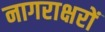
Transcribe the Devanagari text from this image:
नागराक्षरों